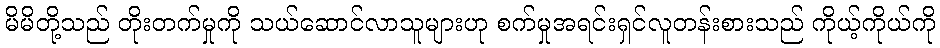
မိမိတို့သည် တိုးတက်မှုကို သယ်ဆောင်လာသူများဟု စက်မှုအရင်းရှင်လူတန်းစားသည် ကိုယ့်ကိုယ်ကို